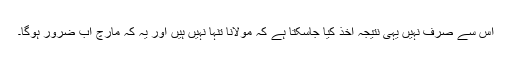
اس سے صرف نہیں یہی نتیجہ اخذ کیا جاسکتا ہے کہ مولانا تنہا نہیں ہیں اور یہ کہ مارچ اب ضرور ہوگا۔